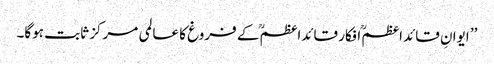
’’ ایوانِ قائداعظمؒ افکار قائداعظمؒ کے فروغ کا عالمی مرکز ثابت ہوگا۔